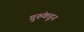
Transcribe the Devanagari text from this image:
गुरुंकडून